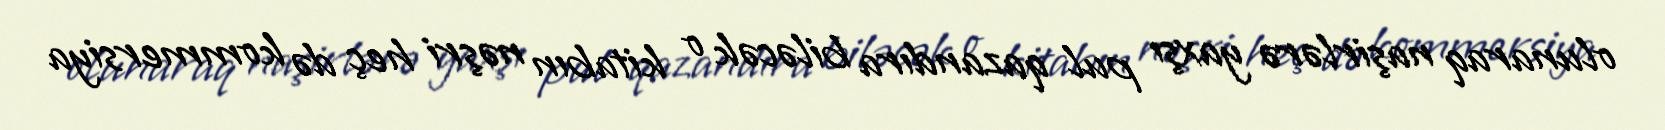
olunaraq naşirlərə yaxşı pul qazandıra biləcək o kitabın nəşri heç də kommersiya